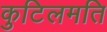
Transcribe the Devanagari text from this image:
कुटिलमति